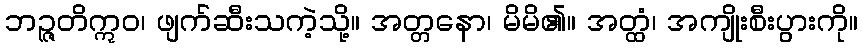
ဘဉ္ဇတိဣဝ၊ ဖျက်ဆီးသကဲ့သို့။ အတ္တနော၊ မိမိ၏။ အတ္ထံ၊ အကျိုးစီးပွားကို။